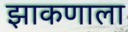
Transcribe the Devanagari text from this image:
झाकणाला